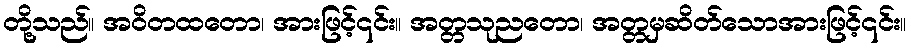
တို့သည်။ အဝိတထတော၊ အားဖြင့်၎င်း။ အတ္တသုညတော၊ အတ္တမှဆိတ်သောအားဖြင့်၎င်း။